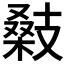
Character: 𢻚